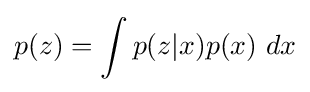
p(z)=\int p(z|x)p(x)~dx